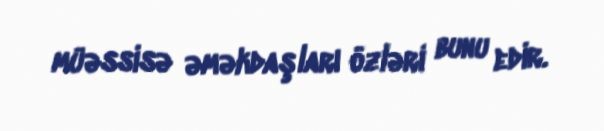
müəssisə əməkdaşları özləri bunu edir.